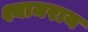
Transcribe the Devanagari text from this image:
श्यामराय